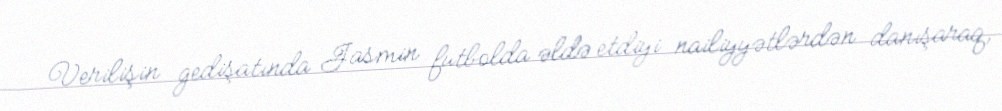
Verilişin gedişatında Jasmin futbolda əldə etdiyi nailiyyətlərdən danışaraq,